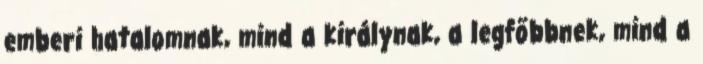
emberi hatalomnak, mind a királynak, a legfőbbnek, mind a